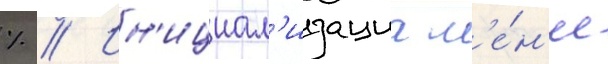
% // Ин'ициал'изациа м'е́н'ее